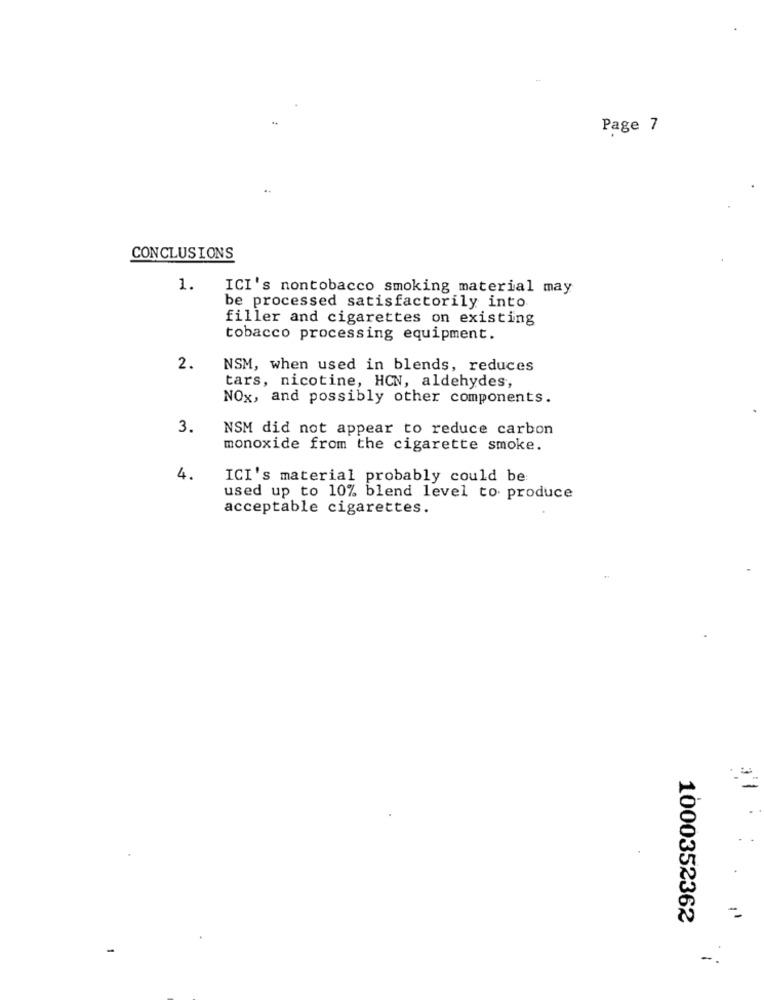
Page 7
CONCLUSIONS
1.
ICI's nontobacco smoking material may
be processed satisfactorily into
filler and cigarettes on existing
tobacco processing equipment.
2.
NSM, when used in blends, reduces
tars, nicotine, HCN, aldehydes,
NOx, and possibly other components.
3.
NSM did not appear to reduce carbon
monoxide from the cigarette smoke.
4.
ICI's material probably could be:
used up to 10% blend level to produce
acceptable cigarettes.
1000352362